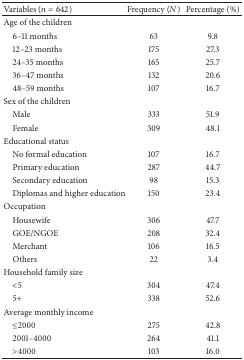
<table><thead><tr><td><b>Variables (<i>n</i> = 642)</b></td><td><b>Frequency (<i>N</i>)</b></td><td><b>Percentage (%)</b></td></tr></thead><tbody><tr><td>Age of the children</td><td> </td><td> </td></tr><tr><td> 6–11 months</td><td>63</td><td>9.8</td></tr><tr><td> 12–23 months</td><td>175</td><td>27.3</td></tr><tr><td> 24–35 months</td><td>165</td><td>25.7</td></tr><tr><td> 36–47 months</td><td>132</td><td>20.6</td></tr><tr><td> 48–59 months</td><td>107</td><td>16.7</td></tr><tr><td>Sex of the children</td><td> </td><td> </td></tr><tr><td> Male</td><td>333</td><td>51.9</td></tr><tr><td> Female</td><td>309</td><td>48.1</td></tr><tr><td>Educational status</td><td> </td><td> </td></tr><tr><td> No formal education</td><td>107</td><td>16.7</td></tr><tr><td> Primary education</td><td>287</td><td>44.7</td></tr><tr><td> Secondary education</td><td>98</td><td>15.3</td></tr><tr><td> Diplomas and higher education</td><td>150</td><td>23.4</td></tr><tr><td>Occupation</td><td> </td><td> </td></tr><tr><td> Housewife</td><td>306</td><td>47.7</td></tr><tr><td> GOE/NGOE</td><td>208</td><td>32.4</td></tr><tr><td> Merchant</td><td>106</td><td>16.5</td></tr><tr><td> Others</td><td>22</td><td>3.4</td></tr><tr><td>Household family size</td><td> </td><td> </td></tr><tr><td> &lt;5</td><td>304</td><td>47.4</td></tr><tr><td> 5+</td><td>338</td><td>52.6</td></tr><tr><td>Average monthly income</td><td> </td><td> </td></tr><tr><td> ≤2000</td><td>275</td><td>42.8</td></tr><tr><td> 2001–4000</td><td>264</td><td>41.1</td></tr><tr><td> &gt;4000</td><td>103</td><td>16.0</td></tr></tbody></table>